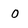
Character: 0